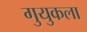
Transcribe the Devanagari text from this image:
गुयुकला